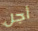
أجل